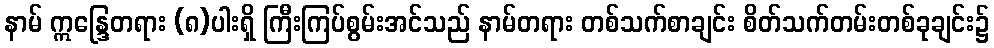
နာမ် ဣန္ဒြေတရား (၈)ပါးရှိ ကြီးကြပ်စွမ်းအင်သည် နာမ်တရား တစ်သက်စာချင်း စိတ်သက်တမ်းတစ်ခုချင်း၌